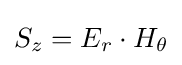
S_{z}=E_{r}\cdot H_{\theta }